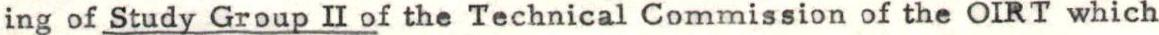
ing of Study Group II of the Technical Commission of the OIRT which